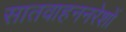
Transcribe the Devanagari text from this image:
सातवाहननरेशों